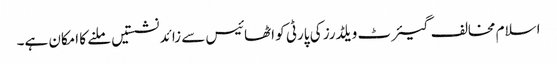
اسلام مخالف گیئرٹ ویلڈرز کی پارٹی کو اٹھائیس سے زائد نشستیں ملنے کا امکان ہے۔